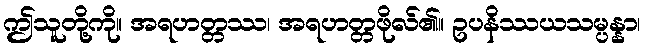
ဤသူတို့ကို။ အရဟတ္တဿ၊ အရဟတ္တဖိုလ်၏။ ဥပနိဿယသမ္ပန္နာ၊